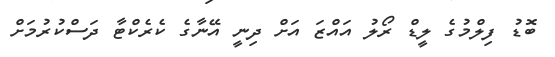
ބޮޑު ފިލްމުގެ ލީޑް ރޯލު އައްޒަ އަށް ދިނީ އޭނާގެ ކެރެކްޓާ ދަސްކުރުމަށް